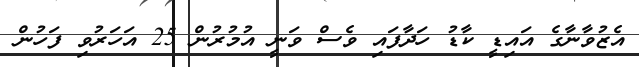
އެޒުވާނާގެ އައިޑީ ކާޑު ހަދާފައި ވެސް ވަނީ އުމުރުން 25 އަހަރުވި ފަހުން